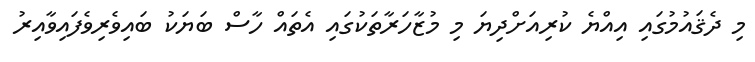
މި ދެޤައުމުގައި އިއްޔެ ކުރިއަށްދިޔަ މި މުޒާހަރާތަކުގައި އެތައް ހާސް ބަޔަކު ބައިވެރިވެފައިވާއިރު